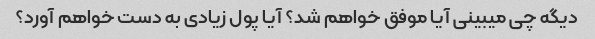
دیگه چی میبینی آیا موفق خواهم شد؟ آیا پول زیادی به دست خواهم آورد؟